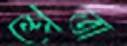
শ্বেতা